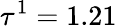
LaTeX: \tau^{1}=1.21